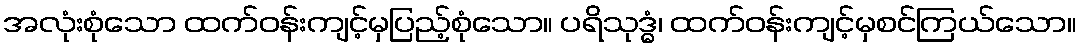
အလုံးစုံသော ထက်ဝန်းကျင့်မှပြည့်စုံသော။ ပရိသုဒ္ဓံ၊ ထက်ဝန်းကျင့်မှစင်ကြယ်သော။